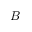
B